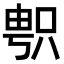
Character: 𠷓